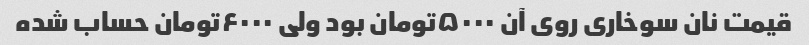
قیمت نان سوخاری روی آن ۵۰۰۰تومان بود ولی ۶۰۰۰تومان حساب شده